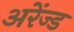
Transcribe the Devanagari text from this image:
अरेंज्ड